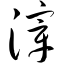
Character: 滓